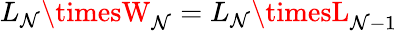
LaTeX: L_{\mathcal{N}}\timesW_{\mathcal{N}}=L_{\mathcal{N}}\timesL_{\mathcal{N}-1}